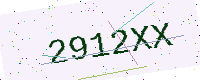
Text: 2912XX